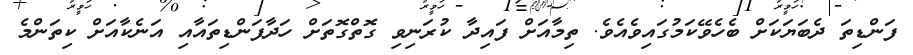
ފަންޑިތަ ދެބަޔަކަށް ބެހެވޭކަމުގައިވެއެވެ. ތިމާއަށް ފައިދާ ކުރަނިވި ގޮތްގޮތަށް ހަދާފަންޑިތައާއި އަނެކާއަށް ކިތަންމެ